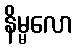
နိမ္မလော